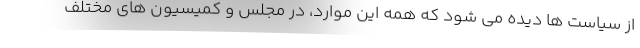
از سیاست ها دیده می شود که همه این موارد، در مجلس و کمیسیون های مختلف